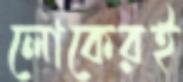
লোকেরই